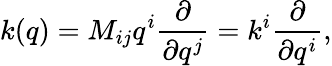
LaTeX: k(q)=M_{ij}q^{i}{\frac{\partial}{\partial q^{j}}}=k^{i}{\frac{\partial}{\partial q^{i}}},